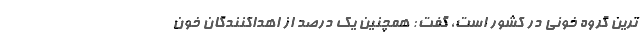
ترین گروه خونی در کشور است، گفت: همچنین یک درصد از اهداکنندگان خون